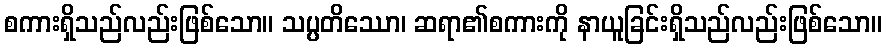
စကားရှိသည်လည်းဖြစ်သော။ သပ္ပတိဿော၊ ဆရာ၏စကားကို နာယူခြင်းရှိသည်လည်းဖြစ်သော။